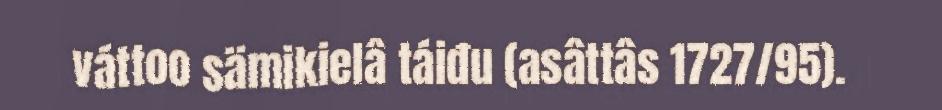
váttoo sämikielâ táiđu (asâttâs 1727/95).